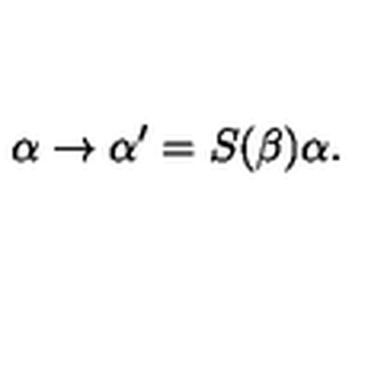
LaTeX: \mathrm { \boldmath \alpha } \to \mathrm { \boldmath \alpha } ^ { \prime } = S ( \beta ) \mathrm { \boldmath \alpha } .